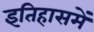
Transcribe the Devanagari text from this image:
इतिहासमें